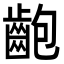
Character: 齙